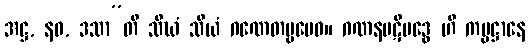
အဋ္ဌ, နဝ, ဒသာ”တိ သီဃံ သီယံ ဂဏေတဗ္ဗမေဝ။ ဂဏနပဋိဗဒ္ဓေ ဟိ ကမ္မဋ္ဌာနေ